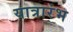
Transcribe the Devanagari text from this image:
यात्रारंभ